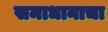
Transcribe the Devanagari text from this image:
समाधानाचा